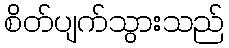
စိတ်ပျက်သွားသည်